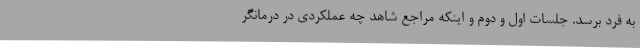
به فرد برسد. جلسات اول و دوم و اینکه مراجع شاهد چه عملکردی در درمانگر